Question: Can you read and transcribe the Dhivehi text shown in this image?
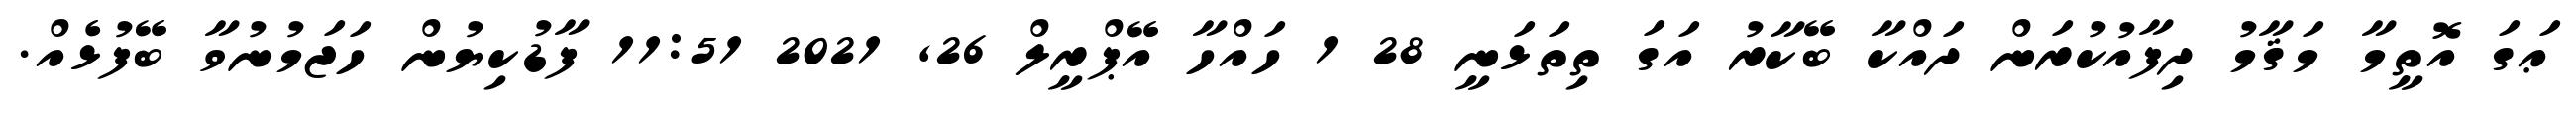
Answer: ޢަގަ އޮތީމާ މަޤާމު ދިފާއުކުރަން ދައްކާ ބޭކާރު އަގަ ތިތަޅަނީ 28 1 ހައްހާ އޭޕްރީލް 26, 2021 11:51 ފާޑުކިޔުން ހަޖަމުނުވާ ބޭފުޅެއް.